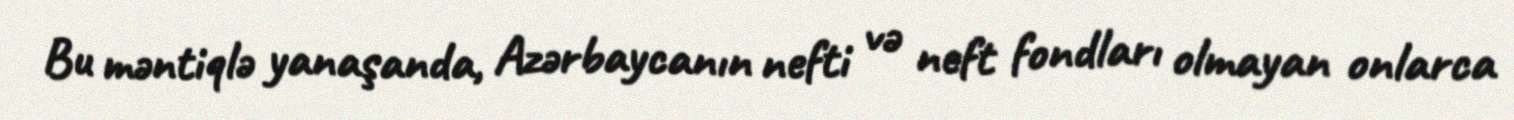
Bu məntiqlə yanaşanda, Azərbaycanın nefti və neft fondları olmayan onlarca